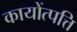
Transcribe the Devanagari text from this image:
कायोंत्पत्ति